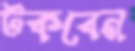
টকবেন